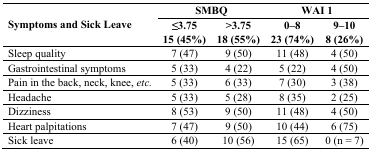
<table><thead><tr><td rowspan="2"><b>Symptoms and Sick Leave</b></td><td colspan="2"><b>SMBQ</b></td><td colspan="2"><b>WAI 1</b></td></tr><tr><td><b><i>≤</i> 3.75 15 (45%)</b></td><td><b><i>˃</i> 3.75 18 (55%)</b></td><td><b>0–8 23 (74%)</b></td><td><b>9–10 8 (26%)</b></td></tr></thead><tbody><tr><td>Sleep quality</td><td>7 (47)</td><td>9 (50)</td><td>11 (48)</td><td>4 (50)</td></tr><tr><td>Gastrointestinal symptoms</td><td>5 (33)</td><td>4 (22)</td><td>5 (22)</td><td>4 (50)</td></tr><tr><td>Pain in the back, neck, knee, <i>etc.</i></td><td>5 (33)</td><td>6 (33)</td><td>7 (30)</td><td>3 (38)</td></tr><tr><td>Headache</td><td>5 (33)</td><td>5 (28)</td><td>8 (35)</td><td>2 (25)</td></tr><tr><td>Dizziness</td><td>8 (53)</td><td>9 (50)</td><td>11 (48)</td><td>4 (50)</td></tr><tr><td>Heart palpitations</td><td>7 (47)</td><td>9 (50)</td><td>10 (44)</td><td>6 (75)</td></tr><tr><td>Sick leave</td><td>6 (40)</td><td>10 (56)</td><td>15 (65)</td><td>0 (n = 7)</td></tr></tbody></table>